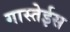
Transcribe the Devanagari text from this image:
गास्तेईस